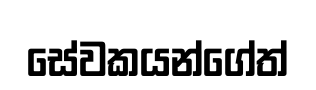
සේවකයන්ගේත්